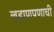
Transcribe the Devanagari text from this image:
लहाणपणाची